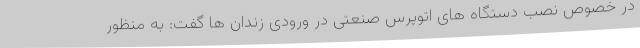
در خصوص نصب دستگاه های اتوپرس صنعتی در ورودی زندان ها گفت: به منظور